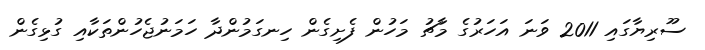
ސޫރިޔާގައި 2011 ވަނަ އަހަރުގެ މާޗު މަހުން ފެށިގެން ހިނގަމުންދާ ހަމަނުޖެހުންތަކާއި ގުޅިގެން